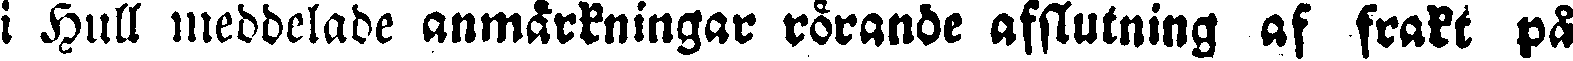
i Hull meddelade anmärkningar rörande afslutning af frakt på